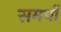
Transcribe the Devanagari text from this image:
समर्पो